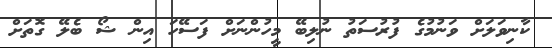
ކާނިވަލަށް ވަނުމުގެ ފުރުސަތު ނުލިބޭ މީހުންނަަށް ފަސޭހަ އިން ޝޯ ބެލޭ ގޮތަށް